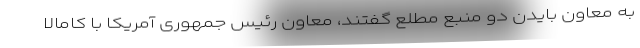
به معاون بایدن دو منبع مطلع گفتند، معاون رئیس جمهوری آمریکا با کامالا